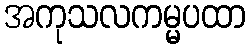
အကုသလကမ္မပထာ